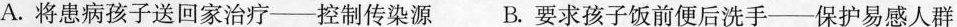
A.将患病孩子送回家治疗---控制传染源B.要求孩子饭前便后洗手-保护易感人群